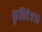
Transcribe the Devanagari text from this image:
कृतिदेव१०